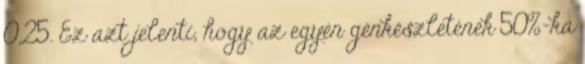
0,25. Ez azt jelenti, hogy az egyén génkészletének 50%-ka